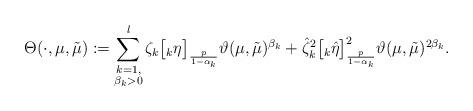
LaTeX: \begin{align*}\Theta(\cdot,\mu,\tilde{\mu}):=\sum_{\substack{k=1,\\ \beta_{k} > 0}}^{l}\zeta_{k}\big[\null_{k}\eta\big]_{\frac{p}{1-\alpha_{k}}}\vartheta(\mu,\tilde{\mu})^{\beta_{k}} + \hat{\zeta}_{k}^{2}\big[\null_{k}\hat{\eta}\big]_{\frac{p}{1-\alpha_{k}}}^{2}\vartheta(\mu,\tilde{\mu})^{2\beta_{k}}.\end{align*}